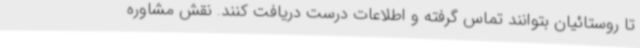
تا روستائیان بتوانند تماس گرفته و اطلاعات درست دریافت کنند. نقش مشاوره